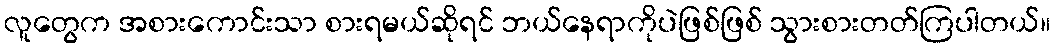
လူတွေက အစားကောင်းသာ စားရမယ်ဆိုရင် ဘယ်နေရာကိုပဲဖြစ်ဖြစ် သွားစားတတ်ကြပါတယ်။